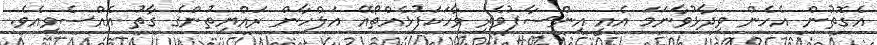
އެގޮތުން އެހެން ވިދާޅުވާނަމަ އެއީ އިންސާފުވެރި ވާހަކަފުޅެއްތޯއޭ އަލްހާން ރައްޔިތުންގެ ގާތު އެއްސެވިއެވެ.